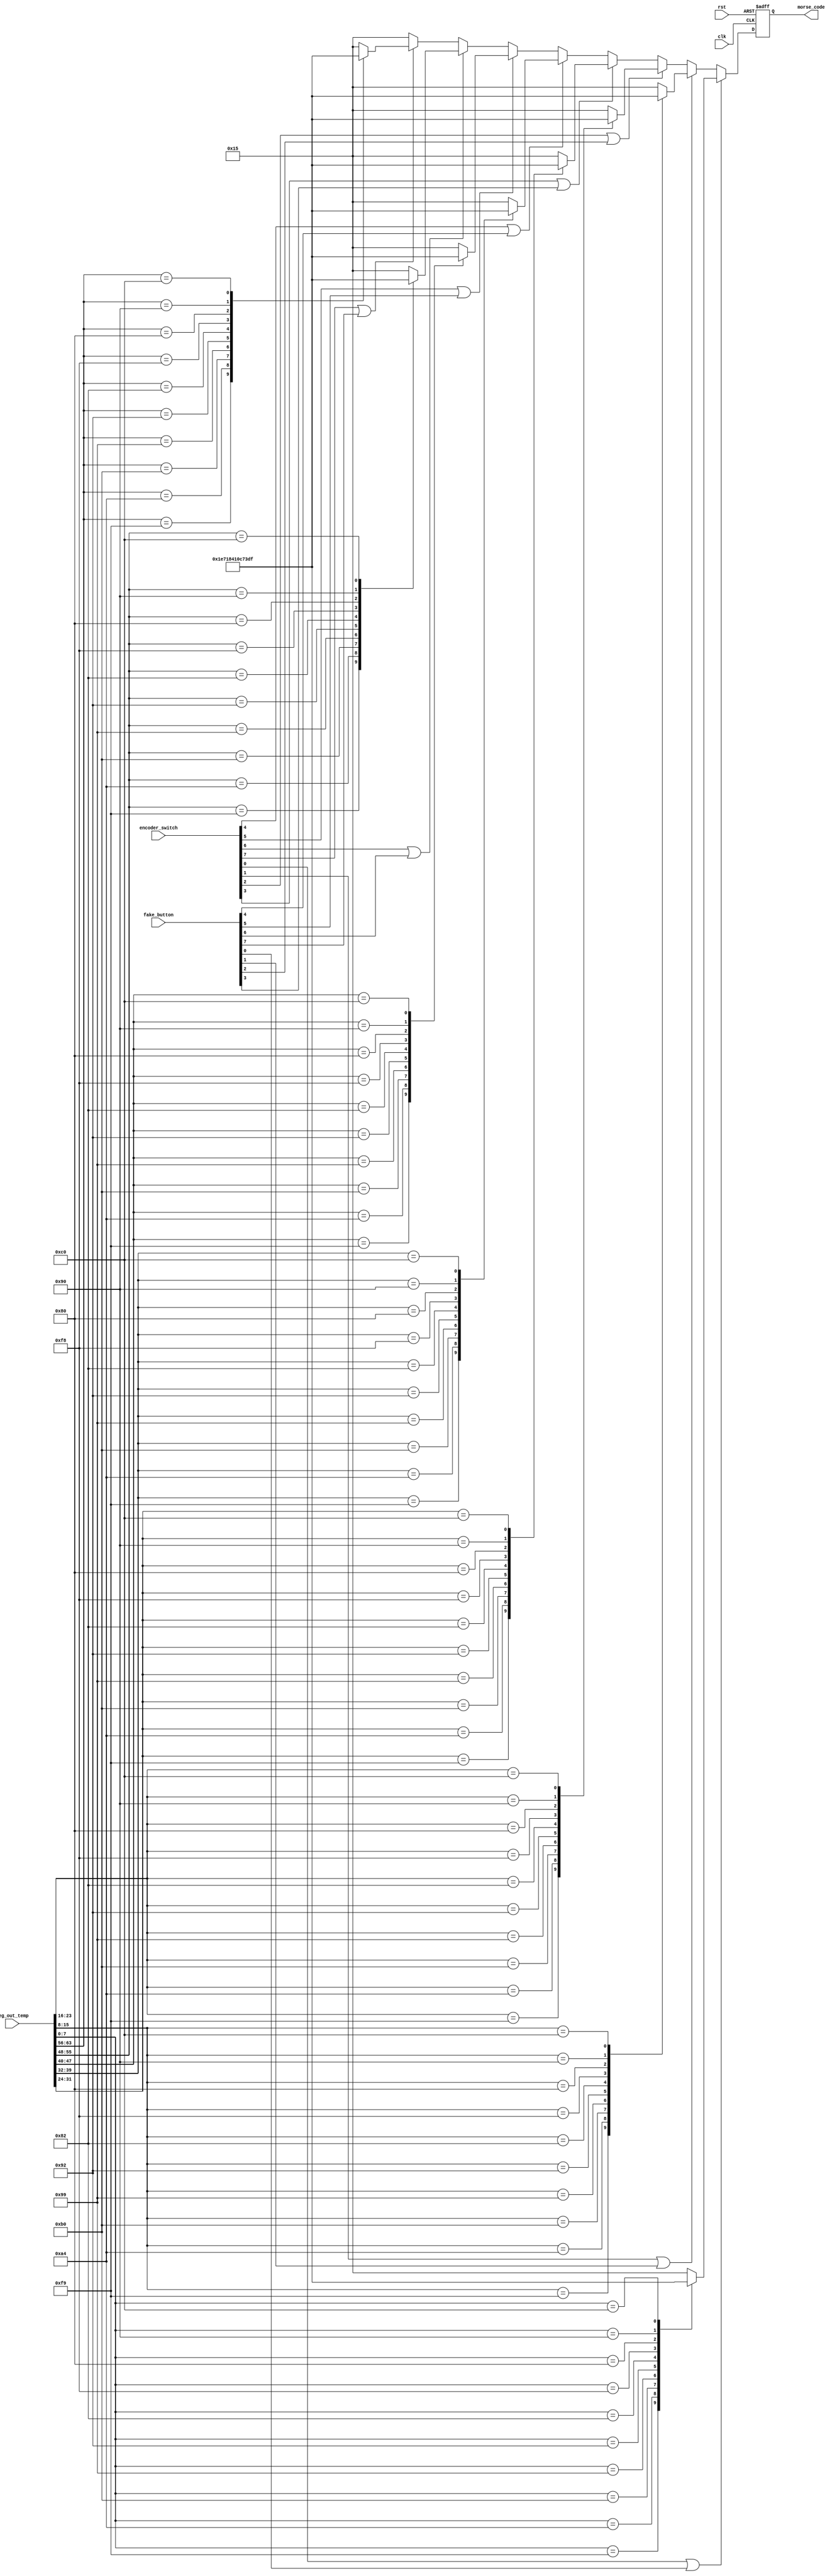
`timescale 1ns / 1ps

module encoder_basic(
    input clk, rst,
    input [8:0] encoder_switch,
    input [7:0] fake_button,
    input [63:0] seg_out_temp,
    output reg [4:0] morse_code
    );

    wire [7:0]seg_1;
    assign seg_1 = seg_out_temp[7:0];

    wire [7:0]seg_2;
    assign seg_2 = seg_out_temp[15:8];
    
    wire [7:0]seg_3;
    assign seg_3 = seg_out_temp[23:16];

    wire [7:0]seg_4;
    assign seg_4 = seg_out_temp[31:24];
    
    wire [7:0]seg_5;
    assign seg_5 = seg_out_temp[39:32];

    wire [7:0]seg_6;
    assign seg_6 = seg_out_temp[47:40];
    
    wire [7:0]seg_7;
    assign seg_7 = seg_out_temp[55:48];

    wire [7:0]seg_8;
    assign seg_8 = seg_out_temp[63:56];

    always @(posedge clk, posedge rst) begin
        if (rst) begin
            morse_code = 5'b10101;
        end 
        else if (encoder_switch[0] | fake_button[0]) begin
            case(seg_1)//0 stands for short code and 1 stands for long code
                8'b1111_1001:morse_code <= 5'b01111;//1
                8'b1010_0100:morse_code <= 5'b00111;//2
                8'b1011_0000:morse_code <= 5'b00011;//3
                8'b1001_1001:morse_code <= 5'b00001;//4
                8'b1001_0010:morse_code <= 5'b00000;//5
                8'b1000_0010:morse_code <= 5'b10000;//6
                8'b1111_1000:morse_code <= 5'b11000;//7
                8'b1000_0000:morse_code <= 5'b11100;//8
                8'b1001_0000:morse_code <= 5'b11110;//9
                8'b1100_0000:morse_code <= 5'b11111;//0
                8'b1111_1111:morse_code <= 5'b10101;//none
                default :morse_code <= 5'b10101;//defalut
            endcase
        end
        else if (encoder_switch[1] | fake_button[1]) begin
            case(seg_2)//0 stands for short code and 1 stands for long code
                8'b1111_1001:morse_code <= 5'b01111;//1
                8'b1010_0100:morse_code <= 5'b00111;//2
                8'b1011_0000:morse_code <= 5'b00011;//3
                8'b1001_1001:morse_code <= 5'b00001;//4
                8'b1001_0010:morse_code <= 5'b00000;//5
                8'b1000_0010:morse_code <= 5'b10000;//6
                8'b1111_1000:morse_code <= 5'b11000;//7
                8'b1000_0000:morse_code <= 5'b11100;//8
                8'b1001_0000:morse_code <= 5'b11110;//9
                8'b1100_0000:morse_code <= 5'b11111;//0
                8'b1111_1111:morse_code <= 5'b10101;//none
                default :morse_code <= 5'b10101;//defalut
            endcase
        end
        else if (encoder_switch[2] | fake_button[2]) begin
            case(seg_3)//0 stands for short code and 1 stands for long code
                8'b1111_1001:morse_code <= 5'b01111;//1
                8'b1010_0100:morse_code <= 5'b00111;//2
                8'b1011_0000:morse_code <= 5'b00011;//3
                8'b1001_1001:morse_code <= 5'b00001;//4
                8'b1001_0010:morse_code <= 5'b00000;//5
                8'b1000_0010:morse_code <= 5'b10000;//6
                8'b1111_1000:morse_code <= 5'b11000;//7
                8'b1000_0000:morse_code <= 5'b11100;//8
                8'b1001_0000:morse_code <= 5'b11110;//9
                8'b1100_0000:morse_code <= 5'b11111;//0
                8'b1111_1111:morse_code <= 5'b10101;//none
                default :morse_code <= 5'b10101;//defalut
            endcase
        end
        else if (encoder_switch[3] | fake_button[3]) begin
            case(seg_4)//0 stands for short code and 1 stands for long code
                8'b1111_1001:morse_code <= 5'b01111;//1
                8'b1010_0100:morse_code <= 5'b00111;//2
                8'b1011_0000:morse_code <= 5'b00011;//3
                8'b1001_1001:morse_code <= 5'b00001;//4
                8'b1001_0010:morse_code <= 5'b00000;//5
                8'b1000_0010:morse_code <= 5'b10000;//6
                8'b1111_1000:morse_code <= 5'b11000;//7
                8'b1000_0000:morse_code <= 5'b11100;//8
                8'b1001_0000:morse_code <= 5'b11110;//9
                8'b1100_0000:morse_code <= 5'b11111;//0
                8'b1111_1111:morse_code <= 5'b10101;//none
                default :morse_code <= 5'b10101;//defalut
            endcase
        end
        else if (encoder_switch[4] | fake_button[4]) begin
            case(seg_5)//0 stands for short code and 1 stands for long code
                8'b1111_1001:morse_code <= 5'b01111;//1
                8'b1010_0100:morse_code <= 5'b00111;//2
                8'b1011_0000:morse_code <= 5'b00011;//3
                8'b1001_1001:morse_code <= 5'b00001;//4
                8'b1001_0010:morse_code <= 5'b00000;//5
                8'b1000_0010:morse_code <= 5'b10000;//6
                8'b1111_1000:morse_code <= 5'b11000;//7
                8'b1000_0000:morse_code <= 5'b11100;//8
                8'b1001_0000:morse_code <= 5'b11110;//9
                8'b1100_0000:morse_code <= 5'b11111;//0
                8'b1111_1111:morse_code <= 5'b10101;//none
                default :morse_code <= 5'b10101;//defalut
            endcase
        end
        else if (encoder_switch[5] | fake_button[5]) begin
            case(seg_6)//0 stands for short code and 1 stands for long code
                8'b1111_1001:morse_code <= 5'b01111;//1
                8'b1010_0100:morse_code <= 5'b00111;//2
                8'b1011_0000:morse_code <= 5'b00011;//3
                8'b1001_1001:morse_code <= 5'b00001;//4
                8'b1001_0010:morse_code <= 5'b00000;//5
                8'b1000_0010:morse_code <= 5'b10000;//6
                8'b1111_1000:morse_code <= 5'b11000;//7
                8'b1000_0000:morse_code <= 5'b11100;//8
                8'b1001_0000:morse_code <= 5'b11110;//9
                8'b1100_0000:morse_code <= 5'b11111;//0
                8'b1111_1111:morse_code <= 5'b10101;//none
                default :morse_code <= 5'b10101;//defalut
            endcase
        end
        else if (encoder_switch[6] | fake_button[6]) begin
            case(seg_7)//0 stands for short code and 1 stands for long code
                8'b1111_1001:morse_code <= 5'b01111;//1
                8'b1010_0100:morse_code <= 5'b00111;//2
                8'b1011_0000:morse_code <= 5'b00011;//3
                8'b1001_1001:morse_code <= 5'b00001;//4
                8'b1001_0010:morse_code <= 5'b00000;//5
                8'b1000_0010:morse_code <= 5'b10000;//6
                8'b1111_1000:morse_code <= 5'b11000;//7
                8'b1000_0000:morse_code <= 5'b11100;//8
                8'b1001_0000:morse_code <= 5'b11110;//9
                8'b1100_0000:morse_code <= 5'b11111;//0
                8'b1111_1111:morse_code <= 5'b10101;//none
                default :morse_code <= 5'b10101;//defalut
            endcase
        end
        else if (encoder_switch[7] | fake_button[7]) begin
            case(seg_8)//0 stands for short code and 1 stands for long code
                8'b1111_1001:morse_code <= 5'b01111;//1
                8'b1010_0100:morse_code <= 5'b00111;//2
                8'b1011_0000:morse_code <= 5'b00011;//3
                8'b1001_1001:morse_code <= 5'b00001;//4
                8'b1001_0010:morse_code <= 5'b00000;//5
                8'b1000_0010:morse_code <= 5'b10000;//6
                8'b1111_1000:morse_code <= 5'b11000;//7
                8'b1000_0000:morse_code <= 5'b11100;//8
                8'b1001_0000:morse_code <= 5'b11110;//9
                8'b1100_0000:morse_code <= 5'b11111;//0
                8'b1111_1111:morse_code <= 5'b10101;//none
                default :morse_code <= 5'b10101;//defalut
            endcase
        end
        else morse_code <= 5'b10101;
    end
endmodule